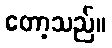
တော့သည်။